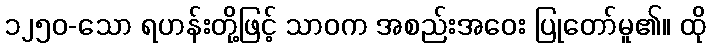
၁၂၅၀-သော ရဟန်းတို့ဖြင့် သာဝက အစည်းအဝေး ပြုတော်မူ၏။ ထို